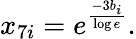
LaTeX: x_{7i}=e^{\frac{-3b_{i}}{\log e}}.